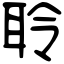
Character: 聆